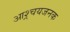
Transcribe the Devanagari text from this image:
आश्र्चयजनक